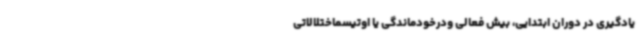
یادگیری در دوران ابتدایی، بیش فعالی ودرخودماندگی یا اوتیسماختلالاتی